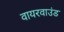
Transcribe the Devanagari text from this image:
वायरवाउंड